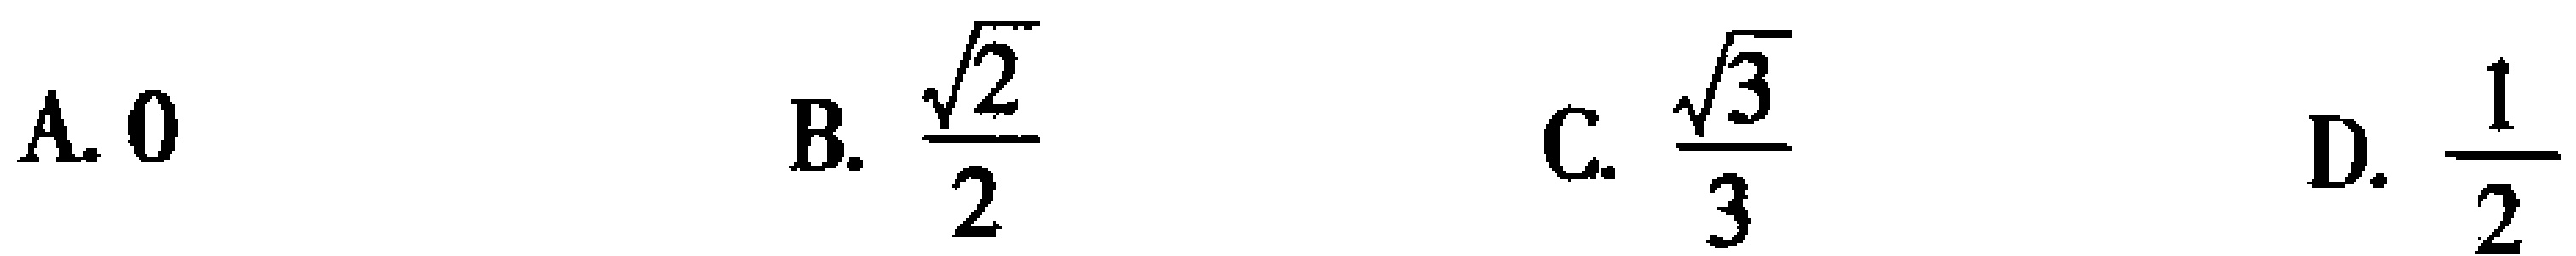
A. \(0\)  B. \(\frac{\sqrt{2}}{2}\)  C. \(\frac{\sqrt{3}}{3}\)  D. \(\frac{1}{2}\)